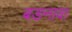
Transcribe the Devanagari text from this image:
बङनावा